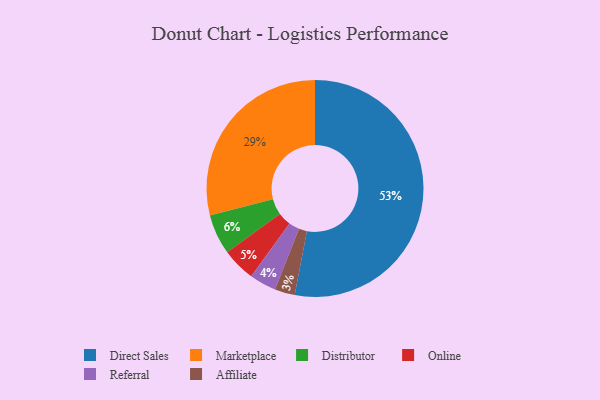
{"axis": {"x": "Category", "y": "Percentage"}, "legend": ["Affiliate", "Direct Sales", "Distributor", "Marketplace", "Online", "Referral"], "data": [{"x": "Referral", "y": 4, "type": "Referral"}, {"x": "Affiliate", "y": 3, "type": "Affiliate"}, {"x": "Online", "y": 5, "type": "Online"}, {"x": "Direct Sales", "y": 53, "type": "Direct Sales"}, {"x": "Distributor", "y": 6, "type": "Distributor"}, {"x": "Marketplace", "y": 29, "type": "Marketplace"}]}